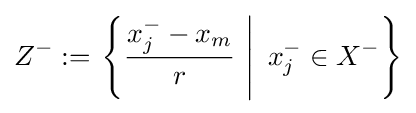
Z^{-}:=\left.\left\{{\frac {x_{j}^{-}-x_{m}}{r}}~\right|~x_{j}^{-}\in X^{-}\right\}